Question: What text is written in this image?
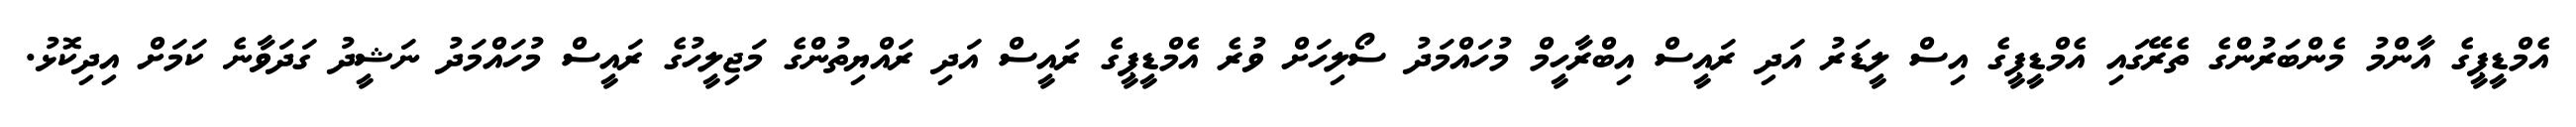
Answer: އެމްޑީޕީގެ އާންމު މެންބަރުންގެ ތެރޭގައި އެމްޑީޕީގެ އިސް ލީޑަރު އަދި ރައީސް އިބްރާހީމް މުހައްމަދު ސޯލިހަށް ވުރެ އެމްޑީޕީގެ ރައީސް އަދި ރައްޔިތުންގެ މަޖިލީހުގެ ރައީސް މުހައްމަދު ނަޝީދު ގަދަވާނެ ކަމަށް އިދިކޮޅު.